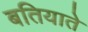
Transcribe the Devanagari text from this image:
बतियाते